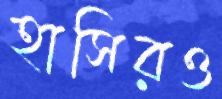
হাসিরও